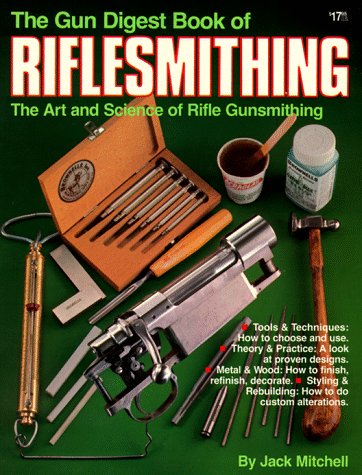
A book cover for The Gun Digest Book of Riflesmithing; Jack Mitchell; Crafts, Hobbies & Home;